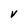
Character: V